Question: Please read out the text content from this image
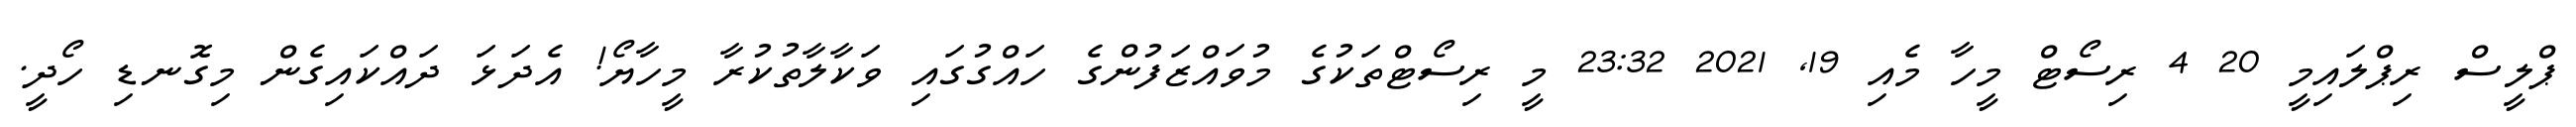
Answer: ޕްލީސް ރިޕްލައިމީ 20 4 ރިސޯޓް މީހާ މެއި 19, 2021 23:32 މީ ރިސޯޓްތަކުގެ މުވައްޒަފުންގެ ހައްގުގައި ވަކާލާތުކުރާ މީހާޔޯ! އެދަޅަ ދައްކައިގެން މިގޮނޑި ހޯދީ.